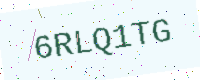
Text: 6RLQ1TG